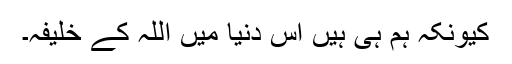
کیونکہ ہم ہی ہیں اس دنیا میں اللہ کے خلیفہ۔